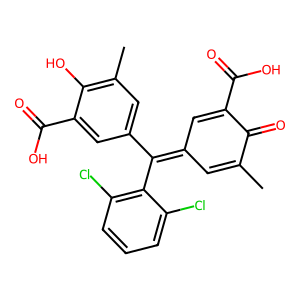
SMILES: CC1=CC(=C(c2cc(C)c(O)c(C(=O)O)c2)c2c(Cl)cccc2Cl)C=C(C(=O)O)C1=O
Inhibits HIV replication: No